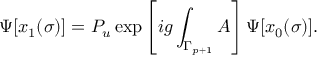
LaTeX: \Psi [ x _ { 1 } ( \sigma ) ] = P _ { u } \exp \left[ i g \int _ { \Gamma _ { p + 1 } } A \right] \Psi [ x _ { 0 } ( \sigma ) ] .